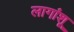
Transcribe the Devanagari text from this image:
लागांशू